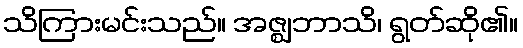
သိကြားမင်းသည်။ အဇ္ဈဘာသိ၊ ရွတ်ဆို၏။